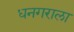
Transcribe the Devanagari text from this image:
धनगराला